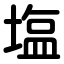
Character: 塩